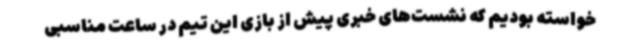
خواسته بودیم که نشست‌های خبری پیش از بازی این تیم در ساعت مناسبی